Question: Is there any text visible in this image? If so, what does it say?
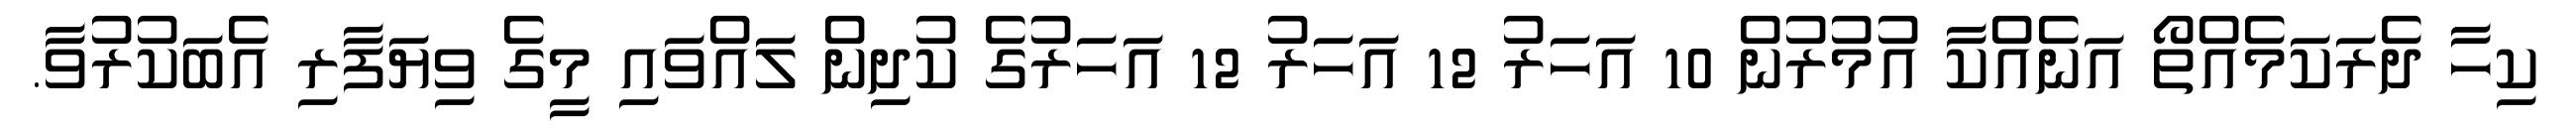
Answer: ކިހާ ދެރަކަމެއްތޯ އަނެއްކާ އުމުރުން 10 އަހަރު 12 އަހަރު 12 އަހަރުގެ ކުދިން ލައްވައި މީގެ ވިޔަފާރި އެބަކުރުވާ.